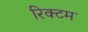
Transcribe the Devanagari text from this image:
रिक्टम